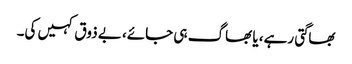
بھاگتی رہے، یا بھاگ ہی جائے، بے ذوق کہیں کی۔